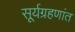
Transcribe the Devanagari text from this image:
सूर्यग्रहणांत